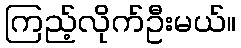
ကြည့်လိုက်ဦးမယ်။